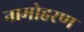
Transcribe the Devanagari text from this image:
नामोहरण